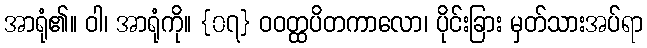
အာရုံ၏။ ဝါ၊ အာရုံကို။ {၀၇} ဝဝတ္ထပိတကာလော၊ ပိုင်းခြား မှတ်သားအပ်ရာ